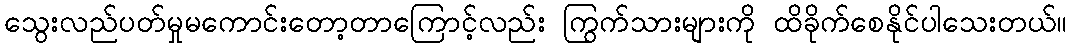
သွေးလည်ပတ်မှုမကောင်းတော့တာကြောင့်လည်း ကြွက်သားများကို ထိခိုက်စေနိုင်ပါသေးတယ်။